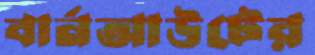
বার্নআউটের